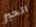
الحبر